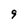
Character: 9